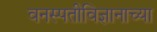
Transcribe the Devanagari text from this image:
वनस्पतीविज्ञानाच्या